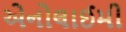
એનોલાઈમી